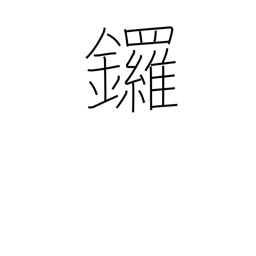
Meaning: gong